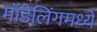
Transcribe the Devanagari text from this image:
मॉडेलिंगमध्ये